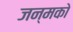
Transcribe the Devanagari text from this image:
जन्मको